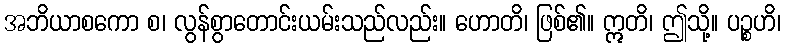
အဘိယာစကော စ၊ လွန်စွာတောင်းယမ်းသည်လည်း။ ဟောတိ၊ ဖြစ်၏။ ဣတိ၊ ဤသို့။ ပဉ္စဟိ၊